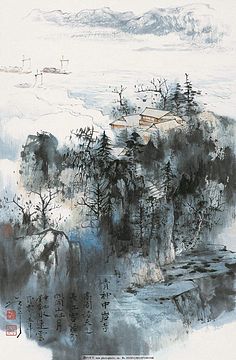
相思只在梦魂中。今宵月，偏照小楼东。